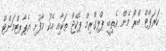
ކަރަޕްޓް ބްރޯ މެން އެތިބީ ޕްލިގްރިމް ޕެކޭޖް ތަކާއި އެކު މާފުށި އެޕާރޓްމަންޓް